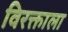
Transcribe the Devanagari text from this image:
विरक्ताला